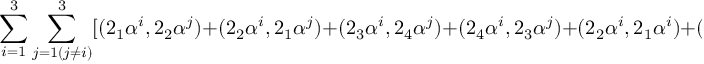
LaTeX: \sum _ { i = 1 } ^ { 3 } \sum _ { j = 1 ( j \neq i ) } ^ { 3 } [ ( 2 _ { 1 } \alpha ^ { i } , 2 _ { 2 } \alpha ^ { j } ) + ( 2 _ { 2 } \alpha ^ { i } , 2 _ { 1 } \alpha ^ { j } ) + ( 2 _ { 3 } \alpha ^ { i } , 2 _ { 4 } \alpha ^ { j } ) + ( 2 _ { 4 } \alpha ^ { i } , 2 _ { 3 } \alpha ^ { j } ) + ( 2 _ { 2 } \alpha ^ { i } , 2 _ { 1 } \alpha ^ { i } ) + ( 2 _ { 4 } \alpha ^ { i } , 2 _ { 3 } \alpha ^ { i } ) ]